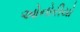
ઓનોરીયો